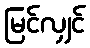
မြင်လျှင်